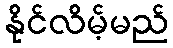
နိုင်လိမ့်မည်